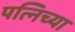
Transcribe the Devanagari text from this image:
पत्निच्या